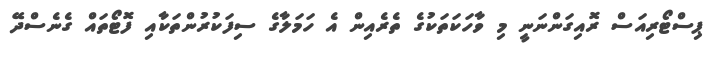
ޕިސްޓޯރިއަސް ރޮއިގަންނަނީ މި ވާހަކަތަކުގެ ތެރެއިން އެ ހަމަލާގެ ސިފަކުރުންތަކާއި ފޮޓޯތައް ގެނެސްދޭ